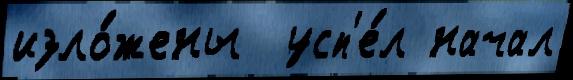
изло́жены  усп'е́л начал